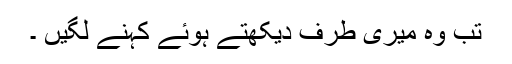
تب وہ میری طرف دیکھتے ہوئے کہنے لگیں ۔